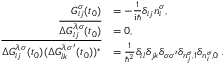
\begin{array} { r l } { G _ { i j } ^ { \sigma } ( t _ { 0 } ) } & { = - \frac { 1 } { \mathrm { i } \hbar } \delta _ { i j } n _ { i } ^ { \sigma } , } \\ { \overline { { \Delta G _ { i j } ^ { \lambda , \sigma } ( t _ { 0 } ) } } } & { = 0 , } \\ { \overline { { \Delta G _ { i j } ^ { \lambda , \sigma } ( t _ { 0 } ) ( \Delta G _ { l k } ^ { \lambda , \sigma ^ { \prime } } ( t _ { 0 } ) ) ^ { * } } } } & { = \frac { 1 } { \hbar ^ { 2 } } \delta _ { i l } \delta _ { j k } \delta _ { \sigma \sigma ^ { \prime } } \delta _ { n _ { j } ^ { \sigma } , 1 } \delta _ { n _ { i } ^ { \sigma } , 0 } \, . } \end{array}